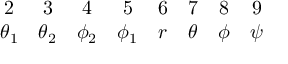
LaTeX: \begin{array} { c c c c c c c c } { { 2 } } & { { 3 } } & { { 4 } } & { { 5 } } & { { 6 } } & { { 7 } } & { { 8 } } & { { 9 } } \\ { { \theta _ { 1 } } } & { { \theta _ { 2 } } } & { { \phi _ { 2 } } } & { { \phi _ { 1 } } } & { { r } } & { { \theta } } & { { \phi } } & { { \psi } } \end{array}